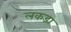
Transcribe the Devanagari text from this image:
लकडा